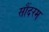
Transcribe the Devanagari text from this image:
सौंदरम